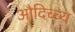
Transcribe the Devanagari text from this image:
औदिच्च्य